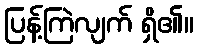
ပြန့်ကြဲလျက် ရှိ၏။